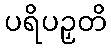
ပရိပဉှတိ